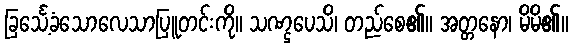
ခြင်္သေ့ခံသောလေသာပြူတင်းကို။ သဏ္ဌပေသိ၊ တည်စေ၏။ အတ္တနော၊ မိမိ၏။